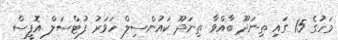
މަހުގެ 15 ގައި ތިނަދޫ ބާއްވާ ތިނަދޫ ކައުންސިލް ހަވަރު ފުޓްސަލް އޮފީސް